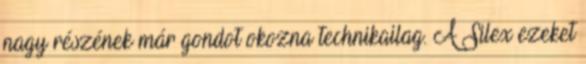
nagy részének már gondot okozna technikailag. A Silex ezeket